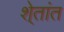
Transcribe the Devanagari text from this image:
शे्तांत